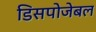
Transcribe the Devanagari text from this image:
डिसपोजेबल